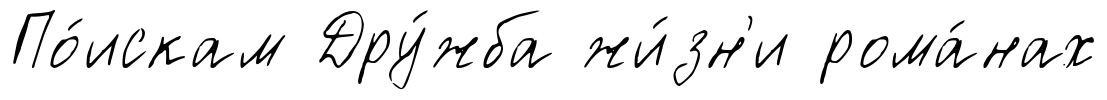
По́искам Дру́жба жи́зн'и рома́нах